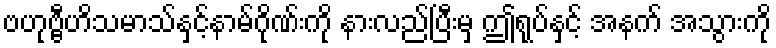
ဗဟုဗ္ဗီဟိသမာသ်နှင့်နာမ်ဂိုဏ်းကို နားလည်ပြီးမှ ဤရုပ်နှင့် အနက် အသွားကို